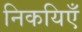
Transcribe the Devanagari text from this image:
निकयिएँ